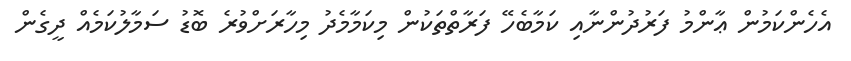
އެހެންކަމުން ޢާންމު ފަރުދުންނާއި ކަމާބެހޭ ފަރާތްތަކުން މިކަމާމެދު މިހާރަށްވުރެ ބޮޑު ސަމާލުކަމެއް ދީގެން